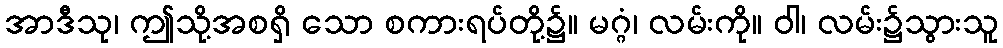
အာဒီသု၊ ဤသို့အစရှိ သော စကားရပ်တို့၌။ မဂ္ဂံ၊ လမ်းကို။ ဝါ၊ လမ်း၌သွားသူ